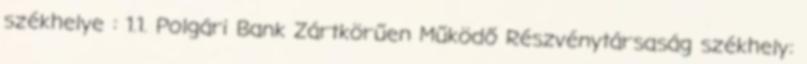
székhelye : 1.1. Polgári Bank Zártkörűen Működő Részvénytársaság székhely: